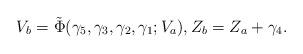
LaTeX: \begin{align*}V_b=\tilde{\Phi}(\gamma_5,\gamma_3,\gamma_2,\gamma_1;V_a),Z_b=Z_a+\gamma_4.\end{align*}